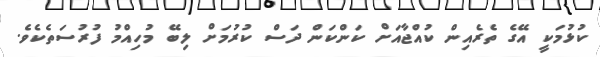
ކުޅުމަކީ އޭގެ ތެރެއިން ކުއްޖާއަށް ކަންކަން ދަސް ކުރުމަށް ލިބޭ މުހިއްމު ފުރުސަތެކެވެ.